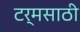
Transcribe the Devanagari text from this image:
टर्मसाठी